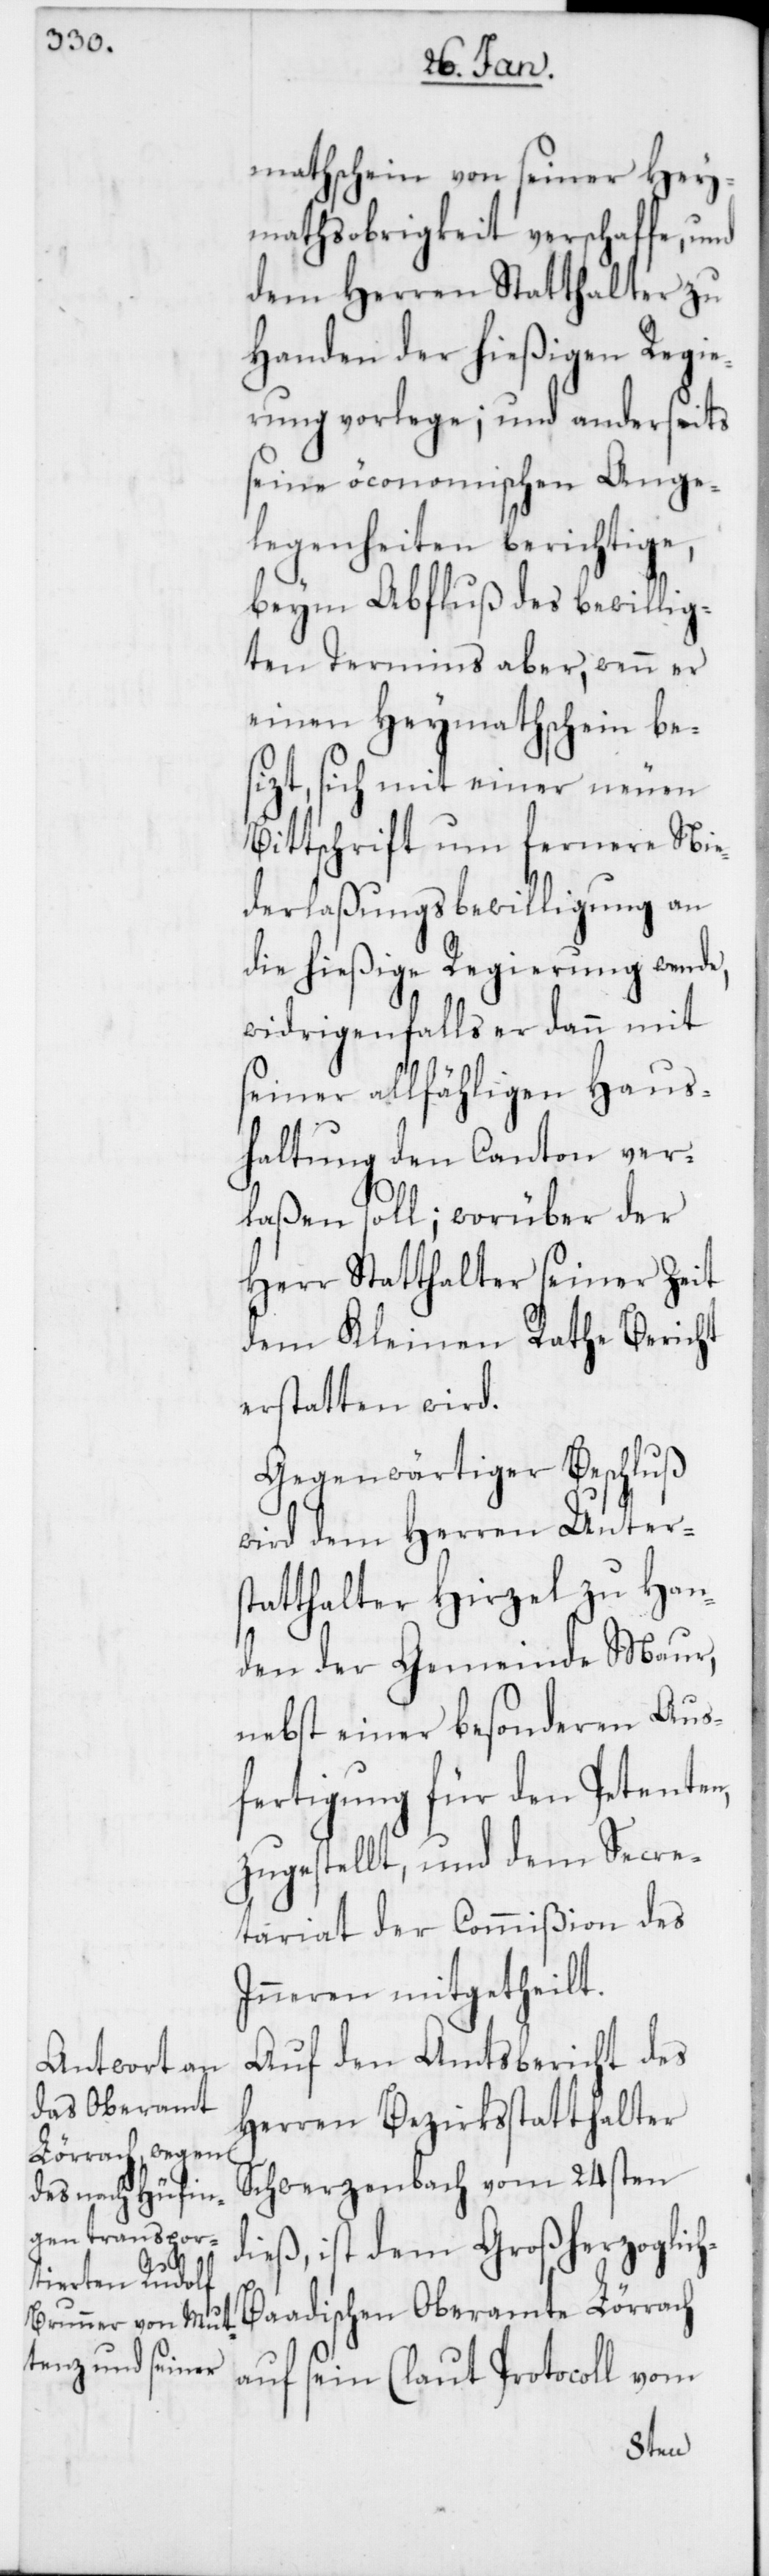
h-B¬

mathschein von seiner Hey¬
mathsobrigkeit verschaffe, und
dem Herren Statthalter zu
Handen der hießigen Regie¬
rung vorlege; und anderseits
seine öconomischen Ange¬
legenheiten berichtige,
beym Abfluß des bewillig¬
ten Termins aber, wenn er
einen Heymathschein be¬
sizt, sich mit einer neuen
Bittschrift um fernere Nie¬
derlaßungsbewilligung an
die hießige Regierung wende,
widrigenfalls er dann mit
seiner allfähligen Haus¬
haltung den Canton ver¬
laßen soll; worüber der
Herr Statthalter seiner Zeit
dem Kleinen Rathe Bericht
erstatten wird.
Gegenwärtiger Beschluß
wird dem Herren Unters¬
tatthalter Hirzel zu Han¬
den der Gemeinde Maur,
nebst einer besonderen Aus¬
fertigung für den Petenten,
zugestellt, und dem Secre¬
tariat der Commißion des
Inneren mitgetheilt.
Auf den Amtsbericht des
Herren Bezirksstatthalter
Schwerzenbach vom 24sten
dieß, ist dem Großherzoglic¬
aadischen Oberamte Lörrach
auf sein (laut Protocoll vom